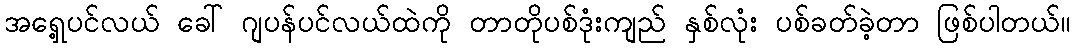
အရှေ့ပင်လယ် ခေါ် ဂျပန်ပင်လယ်ထဲကို တာတိုပစ်ဒုံးကျည် နှစ်လုံး ပစ်ခတ်ခဲ့တာ ဖြစ်ပါတယ်။